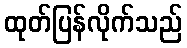
ထုတ်ပြန်လိုက်သည်